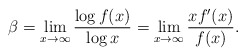
\begin{align*}\beta = \lim_{x \rightarrow \infty} \frac{\log f(x)}{\log x} = \lim_{x \rightarrow \infty} \frac{xf'(x)}{f(x)}.\end{align*}